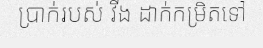
ប្រាក់របស់ វីង ដាក់កម្រិតទៅ